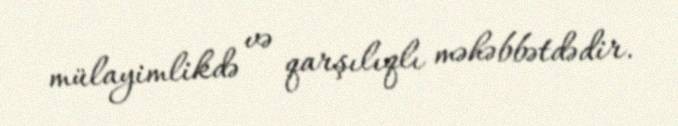
mülayimlikdə və qarşılıqlı məhəbbətdədir.